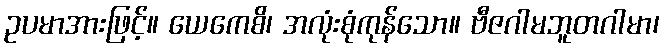
ဥပမာအားဖြင့်။ ယေကေစိ၊ အလုံးစုံကုန်သော။ ဗီဇဂါမဘူတဂါမာ၊